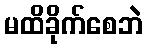
မထိခိုက်စေဘဲ